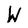
Character: W